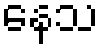
နေသ